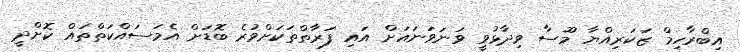
އިބްރާހިމް ޒަކަރިއްޔާ މޫސާ ވިދާޅުވީ ވަނަވަނައަށް އައި ފަރާތްތަކަށްވުރެ ބޮޑަށް އެމަސައްކަތްތައް ކޮށްދީ